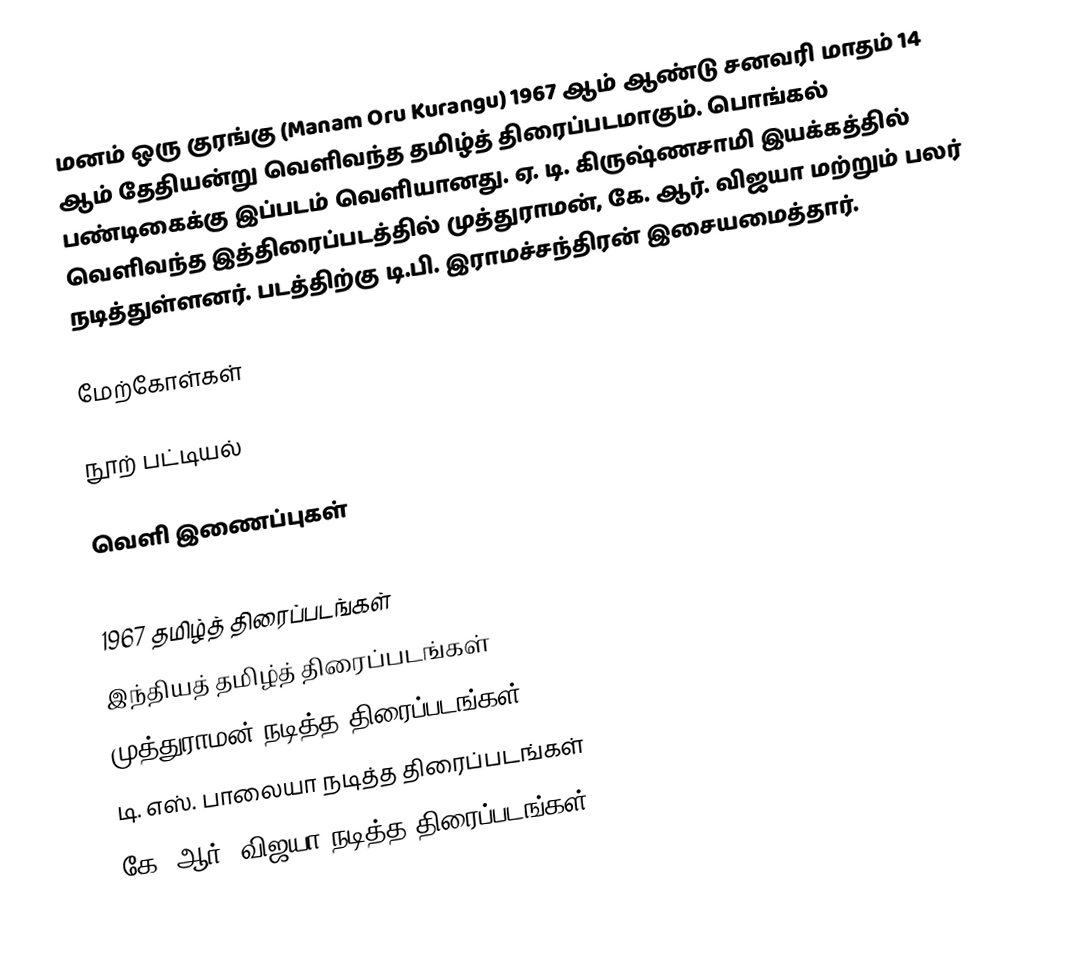
மனம் ஒரு குரங்கு (Manam Oru Kurangu) 1967 ஆம் ஆண்டு சனவரி மாதம் 14 ஆம் தேதியன்று வெளிவந்த தமிழ்த் திரைப்படமாகும். பொங்கல் பண்டிகைக்கு இப்படம் வெளியானது. ஏ. டி. கிருஷ்ணசாமி இயக்கத்தில் வெளிவந்த இத்திரைப்படத்தில் முத்துராமன், கே. ஆர். விஜயா மற்றும் பலர் நடித்துள்ளனர். படத்திற்கு டி.பி. இராமச்சந்திரன் இசையமைத்தார்.

மேற்கோள்கள்

நூற் பட்டியல்

வெளி இணைப்புகள்

1967 தமிழ்த் திரைப்படங்கள்
இந்தியத் தமிழ்த் திரைப்படங்கள்
முத்துராமன் நடித்த திரைப்படங்கள்
டி. எஸ். பாலையா நடித்த திரைப்படங்கள்
கே. ஆர். விஜயா நடித்த திரைப்படங்கள்